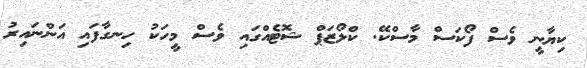
ކިޔާނީ ވެސް ފޯކަސް މާސްކޭ. ކްލޯޒަޕް ޝޮޓެއްގައި ވެސް މީހަކު ހިނގާފައި އަންނައިރު